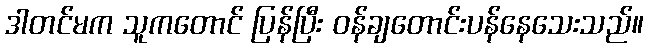
ဒါတင်မက သူကတောင် ပြန်ပြီး ဝန်ချတောင်းပန်နေသေးသည်။